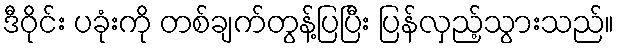
ဒီဝိုင်း ပခုံးကို တစ်ချက်တွန့်ပြပြီး ပြန်လှည့်သွားသည်။